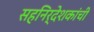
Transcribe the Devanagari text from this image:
सहनिर्देशकांची